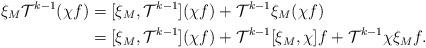
LaTeX: \begin{align*}\xi_M\mathcal T^{k-1}(\chi f)&=[\xi_M, \mathcal T^{k-1}](\chi f)+\mathcal T^{k-1}\xi_M(\chi f)\\&=[\xi_M, \mathcal T^{k-1}](\chi f)+\mathcal T^{k-1}[\xi_M, \chi]f+\mathcal T^{k-1}\chi\xi_M f.\end{align*}